Leaving Certificate Examination, 1912
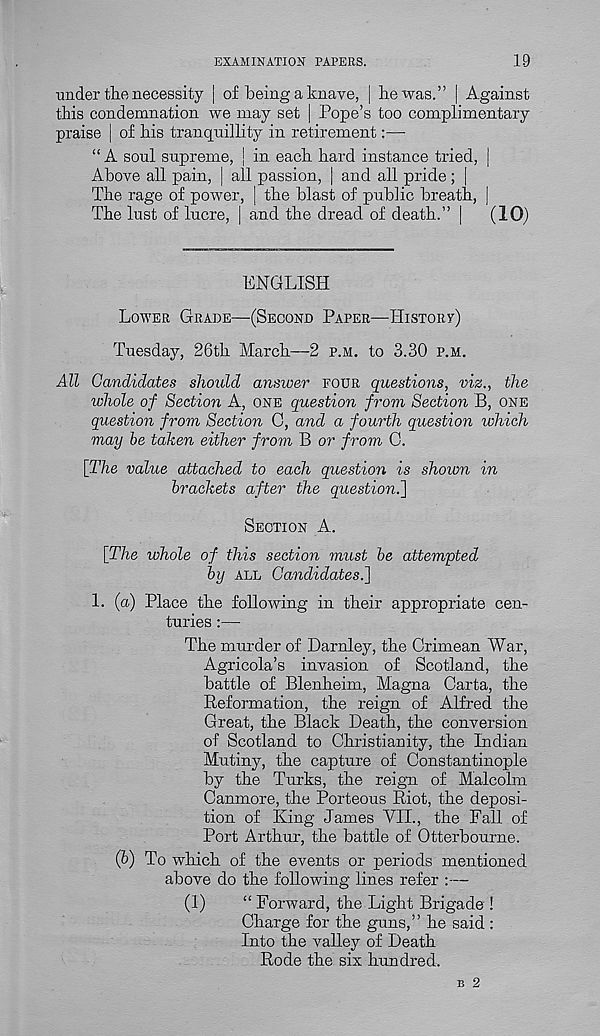
EXAMINATION PAPERS.
19
•under the necessity | of being a knave, j he was.” | Against
this condemnation we may set j Pope’s too complimentary
praise | of his tranquillity in retirement:—
“A soul supreme, ] in each hard instance tried, |
Above all pain, j all passion, | and all pride ; |
The rage of power, | the blast of public breath, |
The lust of lucre, [ and the dread of death.” | (10)
ENGLISH
LOWER GRADE—(SECOND PAPER—HISTORY)
Tuesday, 26th March—2 P.M. to 3.30 P.M.
All Candidates should answer FOUR questions, viz., the
whole of Section A, ONE question from Section B, ONE
question from Section 0, and a fourth question which
may be taken either from B or from C.
\The value attached to each question is shown in
brackets after the question^]
SECTION A.
\The whole of this section must be attempted
by ALL Candidates.]
1. (a) Place the following in their appropriate cen-
turies :—
The murder of Darnley, the Crimean War,
Agricola’s invasion of Scotland, the
battle of Blenheim, Magna Carta, the
Reformation, the reign of Alfred the
Great, the Black Death, the conversion
of Scotland to Christianity, the Indian
Mutiny, the capture of Constantinople
by the Turks, the reign of Malcolm
Canmore, the Porteous Riot, the deposi-
tion of King James VII., the Fall of
Port Arthur, the battle of Otterbourne.
(b) To which of the events or periods mentioned
above do the following lines refer :—
(1)
“ Forward, the Light Brigade !
Charge for the guns,” he said :
Into the valley of Death
Rode the six hundred.